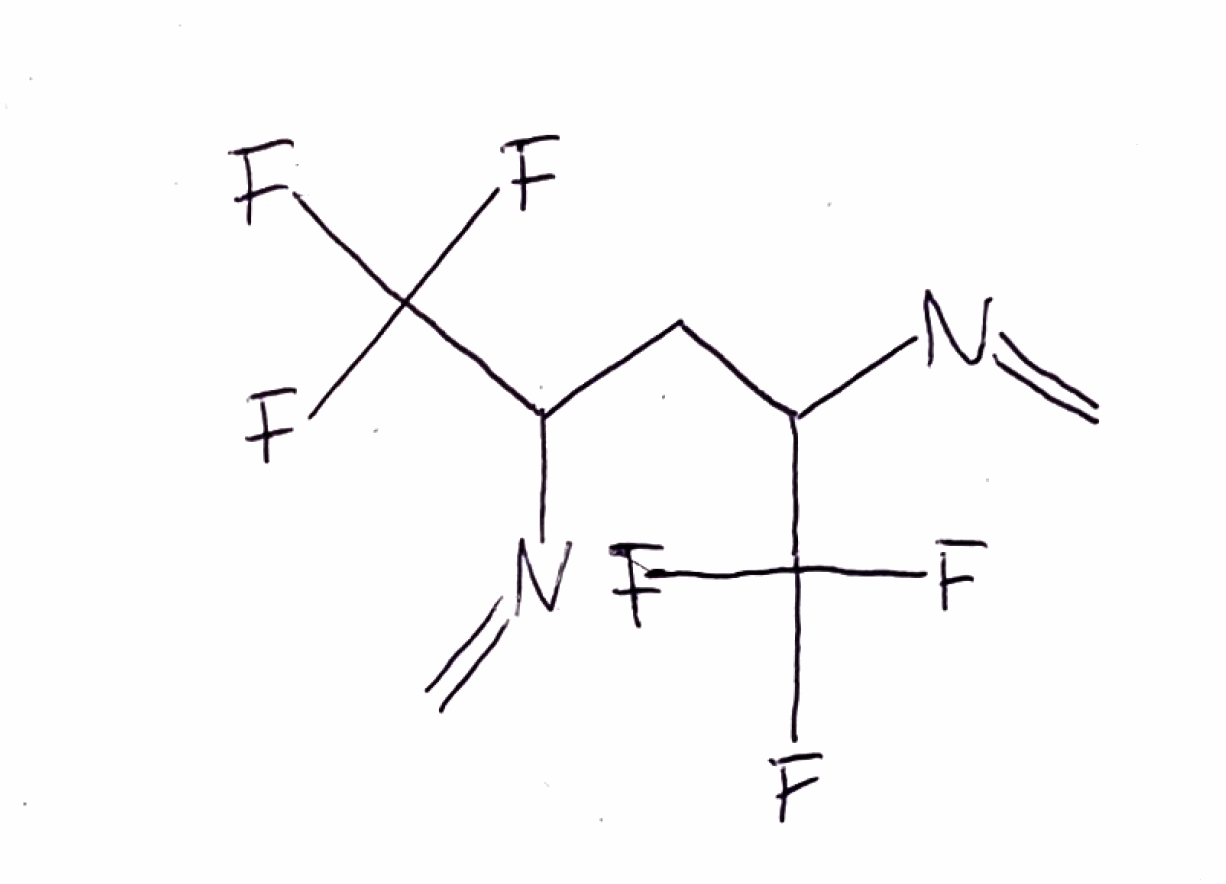
Simplified molecular-input line-entry system (SMILES) notation of the given molecule:
C=NC(CC(C(F)(F)F)N=C)C(F)(F)F